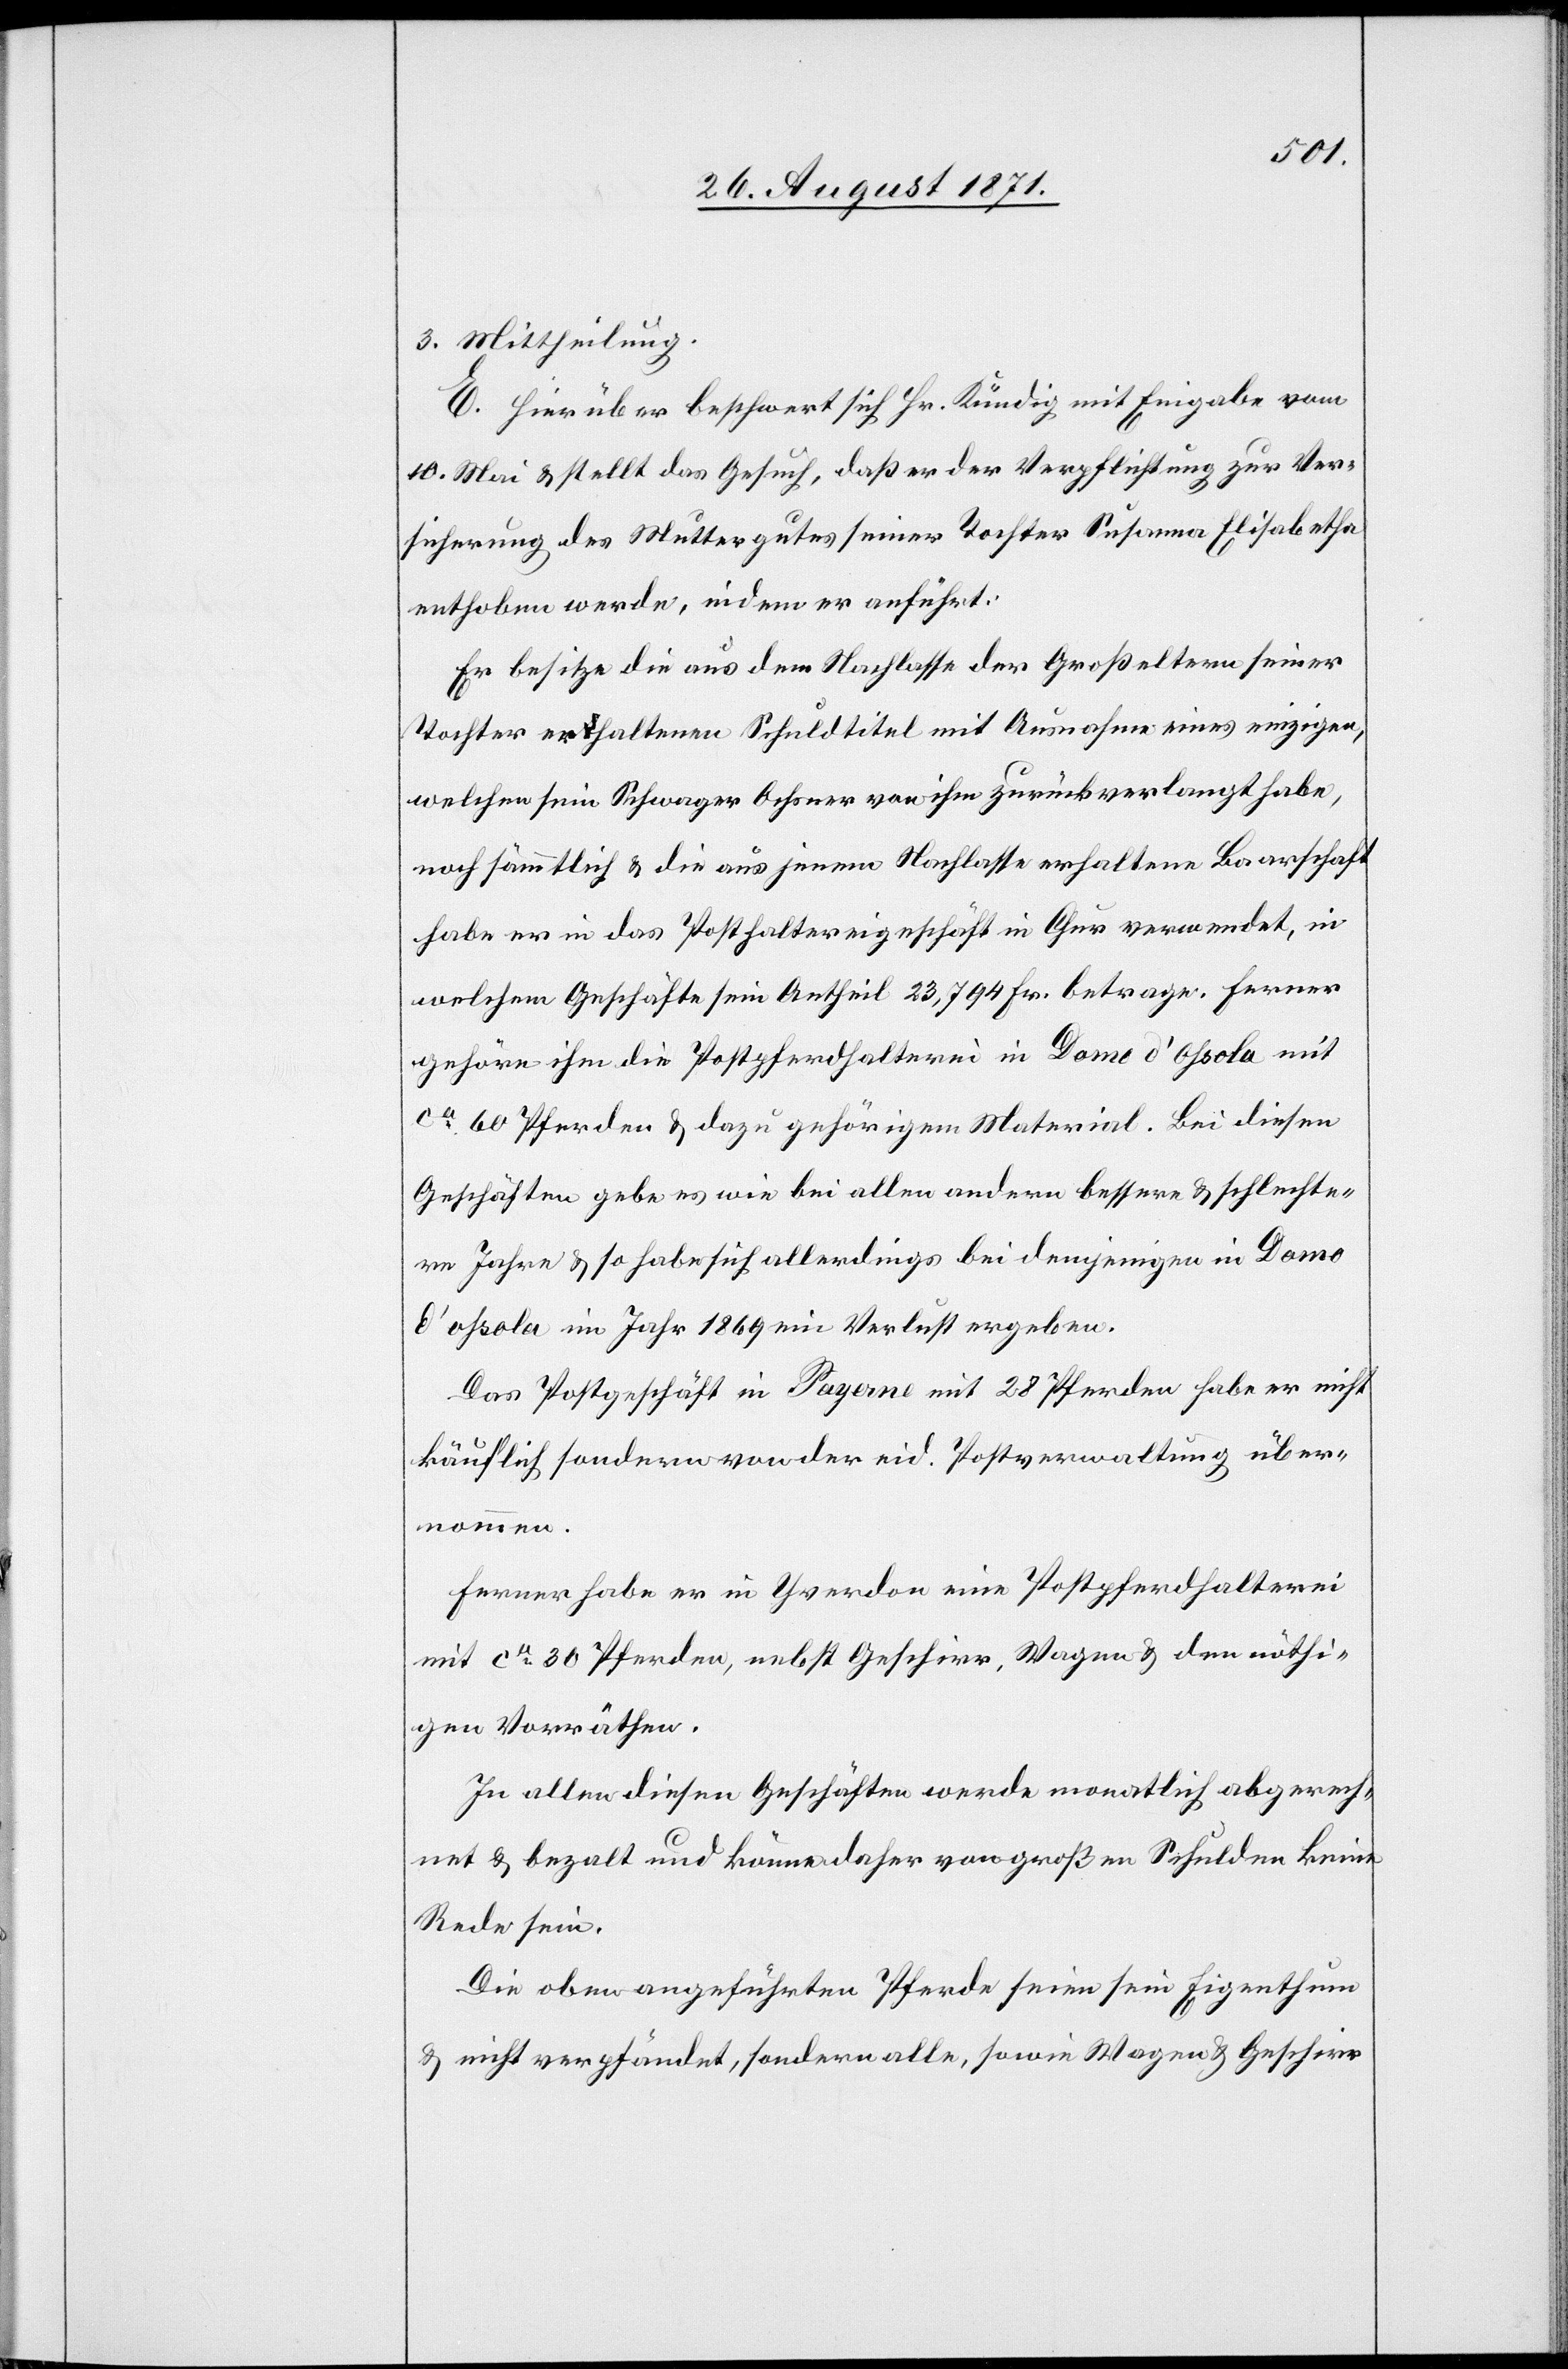
3. Mittheilung.
E. Hierüber beschwert sich Hr. Kündig mit Eingabe vom
10. Mai & stellt das Gesuch, daß er der Verpflichtung zur Ver¬
sicherung des Muttergutes seiner Tochter Susanna Elisabetha
enthoben werde, indem er anführt:
Er besitze die aus dem Nachlasse der Großeltern seiner
Tochter erhaltenen Schuldtitel mit Ausnahme eines einzigen,
welchen sein Schwager Ochsner von ihm zurückverlangt habe,
noch sämmtlich & die aus jenem Nachlasse erhaltenen Baarschaft
habe er in das Posthaltereigeschäft in Chur verwendet, in
welchem Geschäfte sein Antheil 23,794 Fr. betrage. Ferner
gehöre ihm die Postpferdhalterei in Domo d’Ohsola mit
ca 60 Pferden & dazu gehörigen Material. Bei diesen
Geschäften gebe es wie bei allen anderen bessere & schlechte¬
re Jahre & so habe sich allerdings bei demjenigen in Domo
[sic!] im Jahr 1869 ein Verlust ergeben.
Das Postgeschäft in Payerne mit 28 Pferden habe er nicht
käuflich sondern von der eid. Postverwaltung über¬
nommen.
Ferner habe er über Yverdon eine Postferdhalterei
mit ca 30 Pferden, nebst Geschirr, Wagen & den nöthi¬
gen Vorräthen.
In allen diesen Geschäften werde monatlich abgerech¬
net & bezalt und könne daher von großen Schulden keine
Rede sein.
Die oben angeführten Pferde seien sein Eigenthum
& nicht verpfändet, sondern alle, sowie Wagen & Geschirr